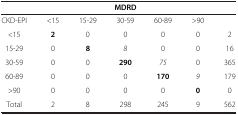
<table><thead><tr><td><b> </b></td><td colspan="5"><b>MDRD</b></td><td><b> </b></td></tr></thead><tbody><tr><td>CKD-EPI</td><td>&lt;15</td><td>15-29</td><td>30-59</td><td>60-89</td><td>&gt;90</td><td> </td></tr><tr><td>&lt;15</td><td><b>2</b></td><td>0</td><td>0</td><td>0</td><td>0</td><td>2</td></tr><tr><td>15-29</td><td>0</td><td><b>8</b></td><td><i>8</i></td><td>0</td><td>0</td><td>16</td></tr><tr><td>30-59</td><td>0</td><td>0</td><td><b>290</b></td><td><i>75</i></td><td>0</td><td>365</td></tr><tr><td>60-89</td><td>0</td><td>0</td><td>0</td><td><b>170</b></td><td><i>9</i></td><td>179</td></tr><tr><td>&gt;90</td><td>0</td><td>0</td><td>0</td><td>0</td><td><b>0</b></td><td>0</td></tr><tr><td>Total</td><td>2</td><td>8</td><td>298</td><td>245</td><td>9</td><td>562</td></tr></tbody></table>